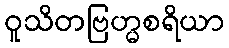
ဝူသိတဗြဟ္မစရိယာ